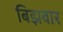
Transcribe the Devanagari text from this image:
बिझवार